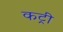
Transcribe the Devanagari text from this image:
कट्री